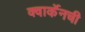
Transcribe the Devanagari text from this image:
क्वार्केनची